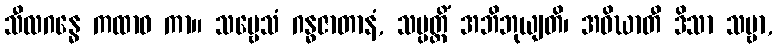
သီလဂန္ဓေ ကထာဝ ကာ။ သဗ္ဗေသံ ဂန္ဓဇာတာနံ, သမ္ပတ္တိံ အဘိဘုယျတိ၊ အဝိဃာတီ ဒိသာ သဗ္ဗာ,